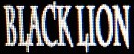
BLACKLION